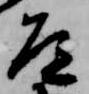
道